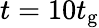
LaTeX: t=10t_{\mathrm{g}}